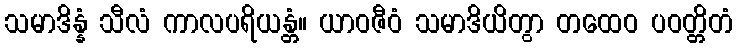
သမာဒိန္နံ သီလံ ကာလပရိယန္တံ။ ယာဝဇီဝံ သမာဒိယိတွာ တထေဝ ပဝတ္တိတံ